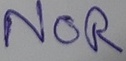
Text: NOR